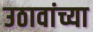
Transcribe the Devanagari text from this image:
उठावांच्या